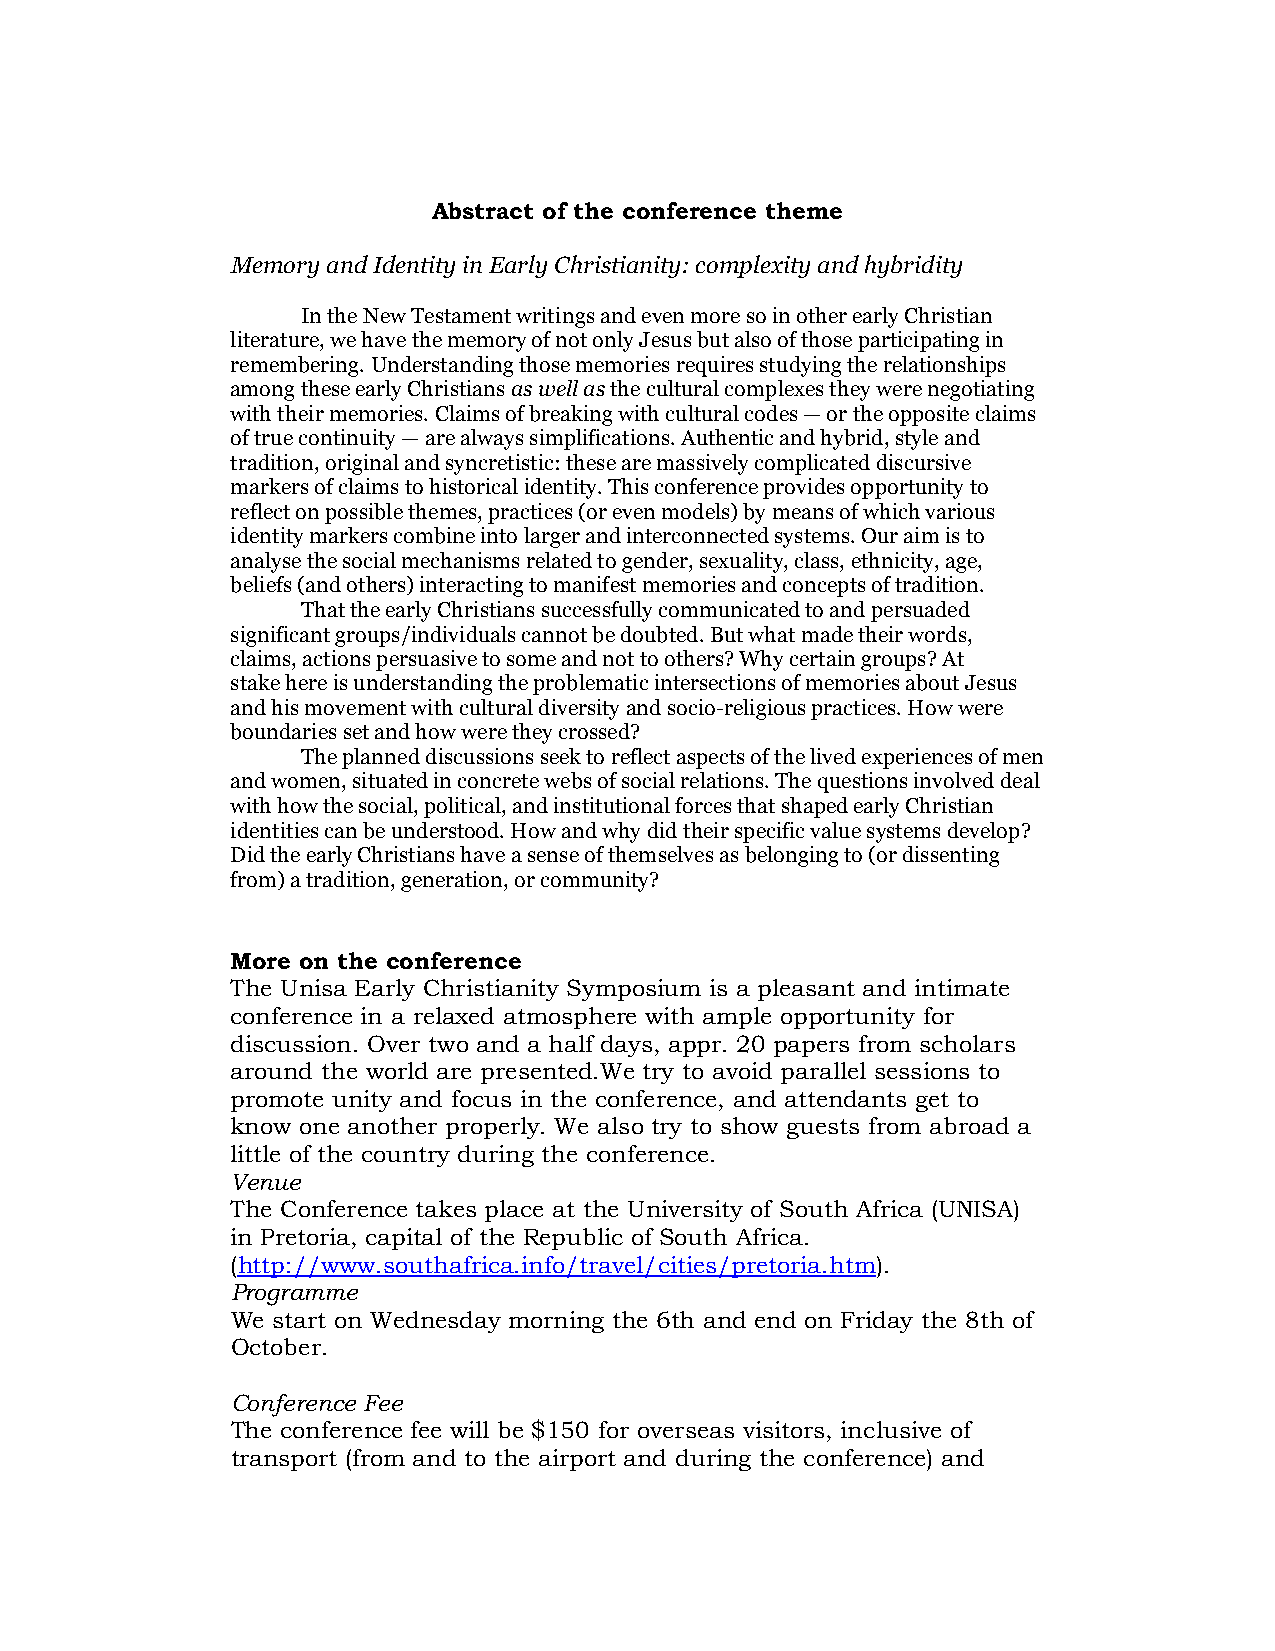
Abstract of the conference theme
 Memory and Identity in Early Christianity: complexity and hybridity
 In the New Testament writings and even more so in other early Christian
 literature, we have the memory of not only Jesus but also of those participating in
 remembering. Understanding those memories requires studying the relationships
 among these early Christians as well as the cultural complexes they were negotiating
 with their memories. Claims of breaking with cultural codes — or the opposite claims
 of true continuity — are always simplifications. Authentic and hybrid, style and
 tradition, original and syncretistic: these are massively complicated discursive
 markers of claims to historical identity. This conference provides opportunity to
 reflect on possible themes, practices (or even models) by means of which various
 identity markers combine into larger and interconnected systems. Our aim is to
 analyse the social mechanisms related to gender, sexuality, class, ethnicity, age,
 beliefs (and others) interacting to manifest memories and concepts of tradition.
 That the early Christians successfully communicated to and persuaded
 significant groups/individuals cannot be doubted. But what made their words,
 claims, actions persuasive to some and not to others? Why certain groups? At
 stake here is understanding the problematic intersections of memories about Jesus
 and his movement with cultural diversity and socio-religious practices. How were
 boundaries set and how were they crossed?
 The planned discussions seek to reflect aspects of the lived experiences of men
 and women, situated in concrete webs of social relations. The questions involved deal
 with how the social, political, and institutional forces that shaped early Christian
 identities can be understood. How and why did their specific value systems develop?
 Did the early Christians have a sense of themselves as belonging to (or dissenting
 from) a tradition, generation, or community?
 More on the conference
 The Unisa Early Christianity Symposium is a pleasant and intimate
 conference in a relaxed atmosphere with ample opportunity for
 discussion. Over two and a half days, appr. 20 papers from scholars
 around the world are presented.We try to avoid parallel sessions to
 promote unity and focus in the conference, and attendants get to
 know one another properly. We also try to show guests from abroad a
 little of the country during the conference.
 Venue
 The Conference takes place at the University of South Africa (UNISA)
 in Pretoria, capital of the Republic of South Africa.
 (http://www.southafrica.info/travel/cities/pretoria.htm).
 Programme
 We start on Wednesday morning the 6th and end on Friday the 8th of
 October.
 Conference Fee
 The conference fee will be $150 for overseas visitors, inclusive of
 transport (from and to the airport and during the conference) and